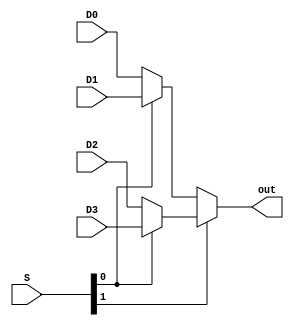
/********************************************************************************
*	Description : data flow	ALU with logic and arithmetic unit
********************************************************************************/

module MUX4_1(out, D0, D1, D2, D3, S);

	output out;
	input D0,D1,D2,D3;
	input [1:0] S;
	
	assign out = (S[1]) ? (S[0] ? D3 : D2) : (S[0] ? D1 : D0);
endmodule